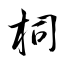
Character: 柌